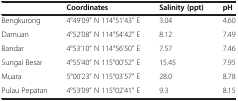
|  | Coordinates | Salinity (ppt) | pH |
 | --- | --- | --- | --- |
 | Bengkurong | 4°49’09” N 114°51’43” E | 3.04 | 4.60 |
 | Damuan | 4°52’08” N 114°54’42” E | 8.12 | 7.49 |
 | Bandar | 4°53’10” N 114°56’50” E | 7.57 | 7.46 |
 | Sungai Besar | 4°55’40” N 115°00’52” E | 15.45 | 7.95 |
 | Muara | 5°00’23” N 115°03’57” E | 28.0 | 8.78 |
 | Pulau Pepatan | 4°53’09” N 115°02’41” E | 9.3 | 8.15 |